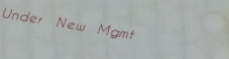
Under New Mgmt